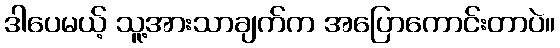
ဒါပေမယ့် သူ့အားသာချက်က အပြောကောင်းတာပဲ။